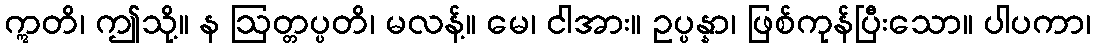
ဣတိ၊ ဤသို့။ န ဩတ္တပ္ပတိ၊ မလန့်။ မေ၊ ငါအား။ ဥပ္ပန္နာ၊ ဖြစ်ကုန်ပြီးသော။ ပါပကာ၊